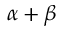
\alpha + \beta